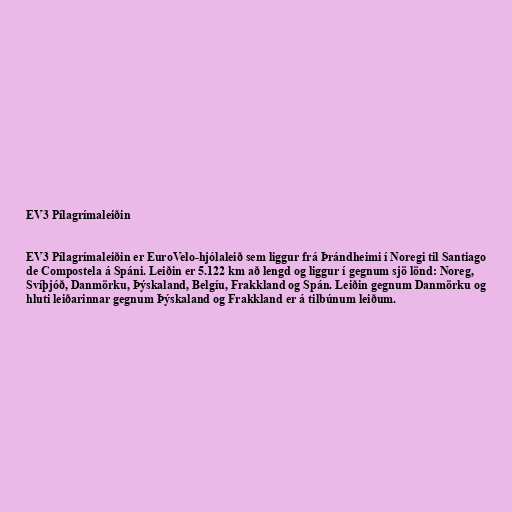
EV3 Pílagrímaleiðin

EV3 Pílagrímaleiðin er EuroVelo-hjólaleið sem liggur frá Þrándheimi í Noregi til Santiago
de Compostela á Spáni. Leiðin er 5.122 km að lengd og liggur í gegnum sjö lönd: Noreg,
Svíþjóð, Danmörku, Þýskaland, Belgíu, Frakkland og Spán. Leiðin gegnum Danmörku og
hluti leiðarinnar gegnum Þýskaland og Frakkland er á tilbúnum leiðum.